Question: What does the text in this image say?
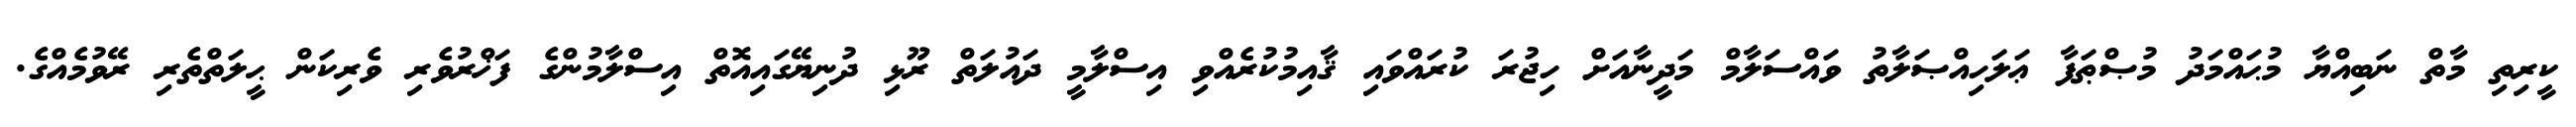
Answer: ކީރިތި މާތް ނަބިއްޔާ މުޙައްމަދު މުޞްޠަފާ ޢަލަހިއްޞަލާތު ވައްސަލާމް މަދީނާއަށް ހިޖުރަ ކުރައްވައި ޤާއިމުކުރެއްވި އިސްލާމީ ދައުލަތް ރޫޅި ދުނިޔޭގައިއޮތް އިސްލާމުންގެ ފަޚްރުވެރި ވެރިކަން ޙީލަތްތެރި ރޭވުމެއްގެ.